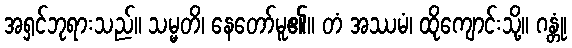
အရှင်ဘုရားသည်။ သမ္မတိ၊ နေတော်မူ၏။ တံ အဿမံ၊ ထိုကျောင်းသို့။ ဂန္တုံ၊